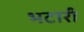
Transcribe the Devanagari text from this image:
भटारी